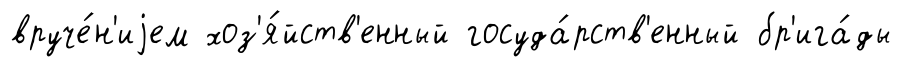
вруче́н'иjем хоз'я́йств'енный госуда́рств'енный бр'ига́ды